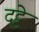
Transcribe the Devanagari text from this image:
दट्टे